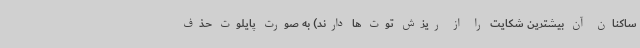
ساکنان آن بیشترین شکایت را از ریزش توت ها دارند) به صورت پایلوت حذف